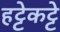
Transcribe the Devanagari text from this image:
हट्टेकट्टे